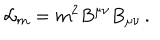
LaTeX: { \cal L } _ { m } = m ^ { 2 } B ^ { \mu \nu } B _ { \mu \nu } \, .